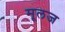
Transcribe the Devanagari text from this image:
मूलज